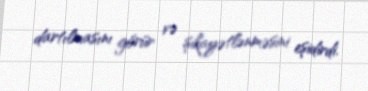
dartılmasını görür və şikayətlənməsini eşidirdi.